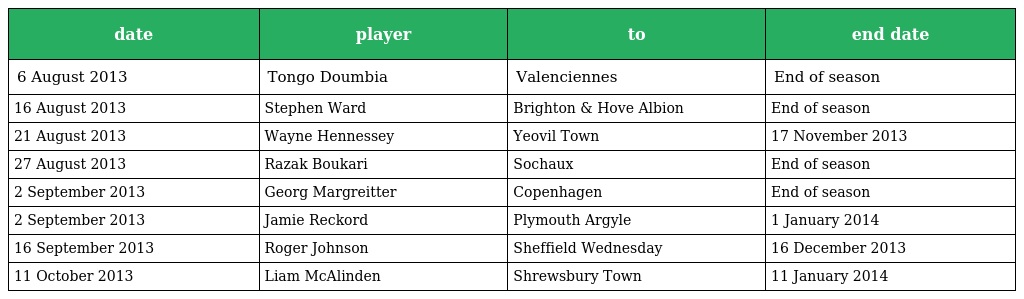
| date | player | to | end date |
 | --- | --- | --- | --- |
 | 6 August 2013 | Tongo Doumbia | Valenciennes | End of season |
 | 16 August 2013 | Stephen Ward | Brighton & Hove Albion | End of season |
 | 21 August 2013 | Wayne Hennessey | Yeovil Town | 17 November 2013 |
 | 27 August 2013 | Razak Boukari | Sochaux | End of season |
 | 2 September 2013 | Georg Margreitter | Copenhagen | End of season |
 | 2 September 2013 | Jamie Reckord | Plymouth Argyle | 1 January 2014 |
 | 16 September 2013 | Roger Johnson | Sheffield Wednesday | 16 December 2013 |
 | 11 October 2013 | Liam McAlinden | Shrewsbury Town | 11 January 2014 |